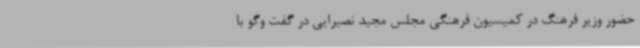
حضور وزیر فرهنگ در کمیسیون فرهنگی مجلس مجید نصیرایی در گفت وگو با